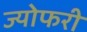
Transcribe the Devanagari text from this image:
ज्योफरी